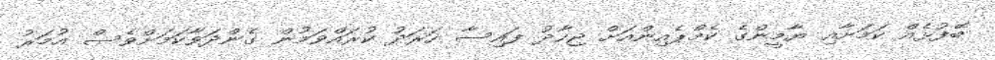
ބޭފުޅެއް ކަމަށާއި ޔާމީންގެ ކެމްޕެއިންއަށް ޖިހާދު ފައިސާ ހަރަދު ކުރައްވަމުން ގެންދަވާކަމަށްވެސް އުމަރު